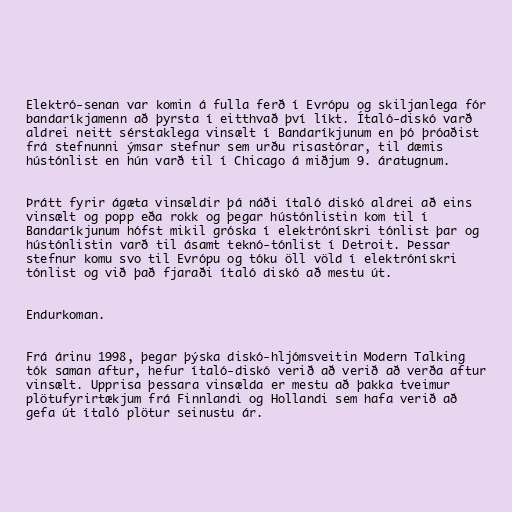
Elektró-senan var komin á fulla ferð í Evrópu og skiljanlega fór
bandaríkjamenn að þyrsta í eitthvað því líkt. Ítaló-diskó varð
aldrei neitt sérstaklega vinsælt í Bandaríkjunum en þó þróaðist
frá stefnunni ýmsar stefnur sem urðu risastórar, til dæmis
hústónlist en hún varð til í Chicago á miðjum 9. áratugnum.

Þrátt fyrir ágæta vinsældir þá náði ítaló diskó aldrei að eins
vinsælt og popp eða rokk og þegar hústónlistin kom til í
Bandaríkjunum hófst mikil gróska í elektrónískri tónlist þar og
hústónlistin varð til ásamt teknó-tónlist í Detroit. Þessar
stefnur komu svo til Evrópu og tóku öll völd í elektrónískri
tónlist og við það fjaraði ítaló diskó að mestu út.

Endurkoman.

Frá árinu 1998, þegar þýska diskó-hljómsveitin Modern Talking
tók saman aftur, hefur ítaló-diskó verið að verið að verða aftur
vinsælt. Upprisa þessara vinsælda er mestu að þakka tveimur
plötufyrirtækjum frá Finnlandi og Hollandi sem hafa verið að
gefa út ítaló plötur seinustu ár.